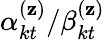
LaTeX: \alpha_{kt}^{(\mathbf{z})}/\beta_{kt}^{(\mathbf{z})}